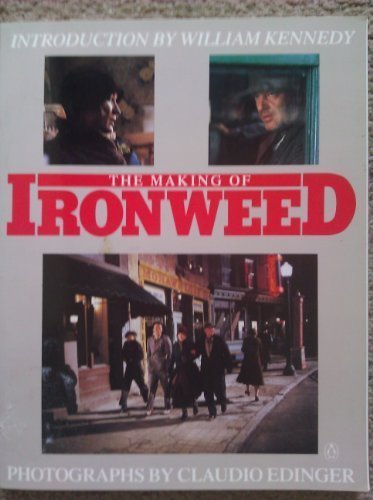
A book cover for The Making of Ironweed; Claudio Edinger; Humor & Entertainment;